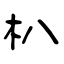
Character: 朳